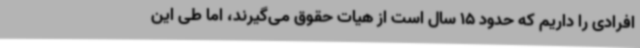
افرادی را داریم که حدود 15 سال است از هیات حقوق می‌گیرند، اما طی این